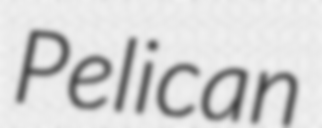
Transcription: Pelican